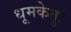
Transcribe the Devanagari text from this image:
धूमकेतुः